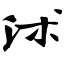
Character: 沭